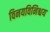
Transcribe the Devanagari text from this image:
विनयविनिश्चय